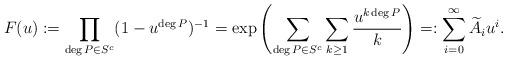
LaTeX: \begin{align*} F(u) := \prod_{\deg P \in S^c} (1-u^{\deg P})^{-1} = \exp\left( \sum_{\deg P \in S^c} \sum_{k \ge 1} \frac{u^{k\deg P }}{k}\right)=:\sum_{i=0}^{\infty} \widetilde{A}_i u^i.\end{align*}